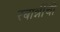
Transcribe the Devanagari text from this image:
रबान्नींची